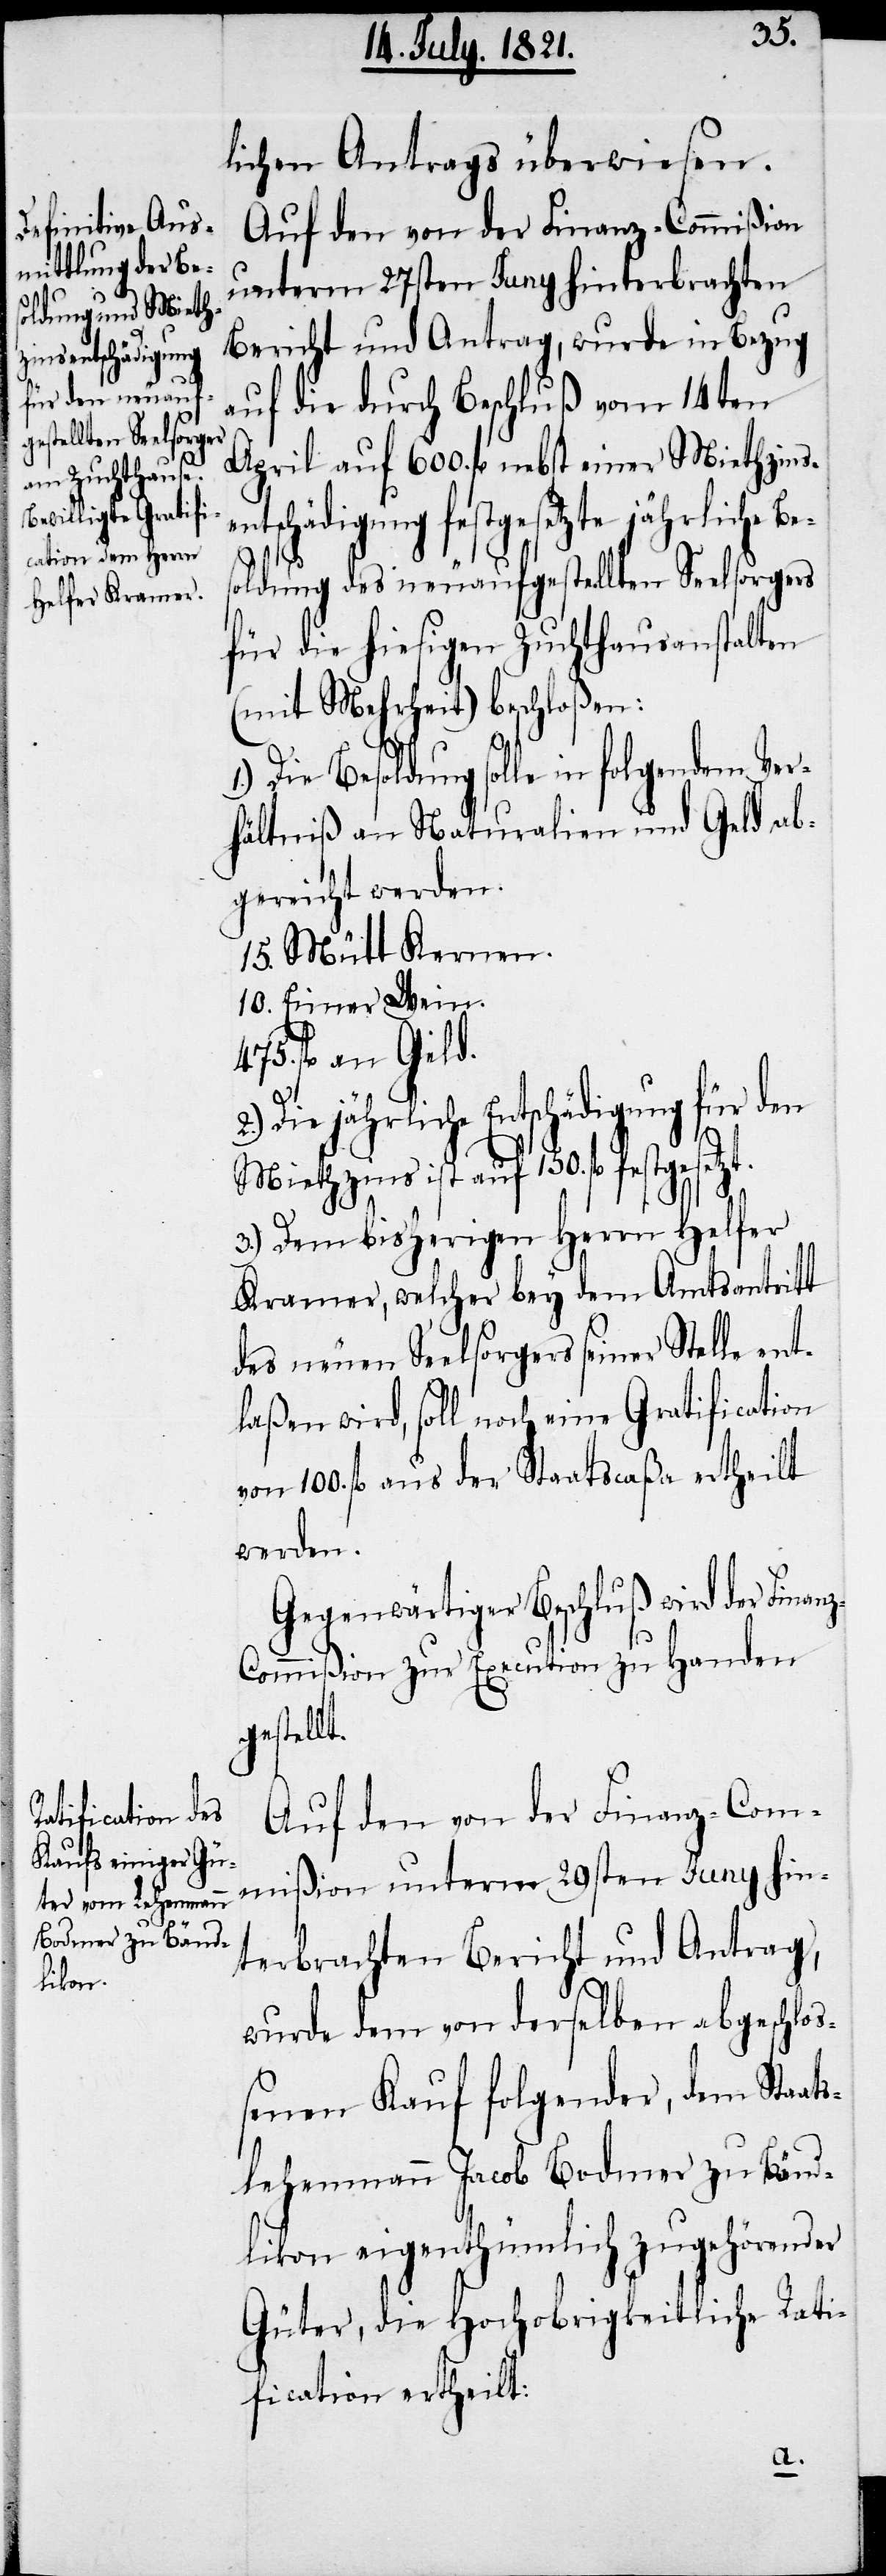
einer Miethzinsen¬

lichen Antrags überwiesen.
Auf den von der Finanz-Commißion
unterm 17sten Juny hinterbrachten
Bericht und Antrag, wurde in Bezug
auf die durch Beschluß vom 14ten
tschädigung festgesetzte jährliche B¬
oldung des neuaufgestellten Seelsorgers
für die hiesigen Zuchthausanstalten
(mit Mehrheit) beschloßen:
1.) Die Besoldung solle in folgendem Ver¬
hältniß an Naturalien und Geld ab¬
gerichtet werden.
15. Mütt Kernen.
10. Eimer Wein.
fl. an Geld.
2.)
Die jährliche Entschädigung für den
Miethzins ist auf 150. fl. fest¬
3.) Dem bisherigen Herrn Helfer
Kramer, welcher bey dem Amtsantritt
des neuen Seelsorgers seiner Stelle ent¬
laßen wird, soll noch eine Gratification
von 100 fl. aus der Staatscaßa ertheilt
werden.
Gegenwärtiger Beschluß wird der Finan¬
z-Commißion zur Execution zu Handen
gestellt.
Auf den von der Finanz-Com¬
mißion unterm 29sten Juny hin¬
terbrachten Bericht und Antrag,
wurde dem von derselben abgeschlo¬
ßenen Kauf folgender, dem Staa¬
tslehenmann Jacob Bodmer zu Bänd¬
likon eigenthümlich zugehörender
Güter, die Hochobrigkeitliche Rati¬
fication ertheilt:
es¬